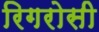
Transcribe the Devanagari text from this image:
रिगरोसी